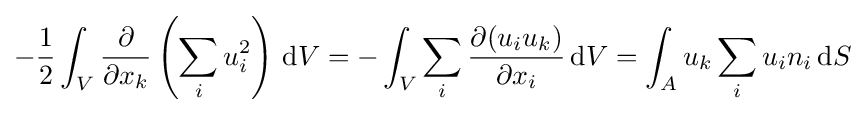
-{\frac {1}{2}}\int _{V}{\frac {\partial }{\partial x_{k}}}\left(\sum _{i}u_{i}^{2}\right)\,\mathrm {d} V=-\int _{V}\sum _{i}{\frac {\partial (u_{i}u_{k})}{\partial x_{i}}}\,\mathrm {d} V=\int _{A}u_{k}\sum _{i}u_{i}n_{i}\,\mathrm {d} S